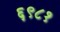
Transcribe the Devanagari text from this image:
६९८१